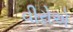
વીરોએ